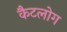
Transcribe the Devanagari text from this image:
कैटलोग